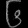
Digit: ၆